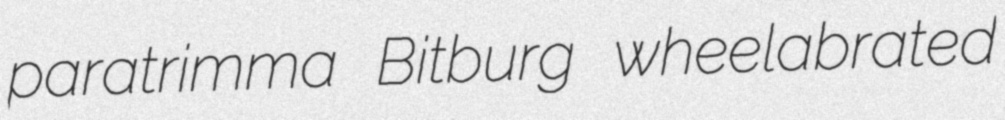
paratrimma Bitburg wheelabrated